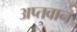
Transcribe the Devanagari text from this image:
अप्तवान